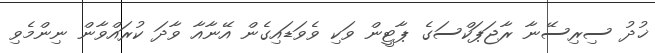
ޚުދު ސިރިސޭނާ ރާޖަޕަކްސަގެ ޕާޓީން ވަކި ވެވަޑައިގެން އޭނާއާ ވާދަ ކުރައްވާން ނިންމެވި